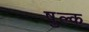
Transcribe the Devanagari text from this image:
षुल्क